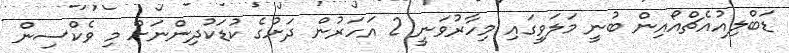
ޑަބްލިއުއެޗްއޯއިން ބުނީ މަލަވީގައި މިހާރުވަނީ 2 އަހަރުން ދަށުގެ ކުޑަކުދިންނަށް މި ވެކްސިން